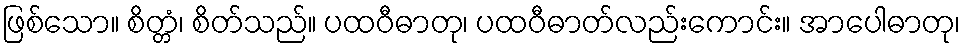
ဖြစ်သော။ စိတ္တံ၊ စိတ်သည်။ ပထဝီဓာတု၊ ပထဝီဓာတ်လည်းကောင်း။ အာပေါဓာတု၊